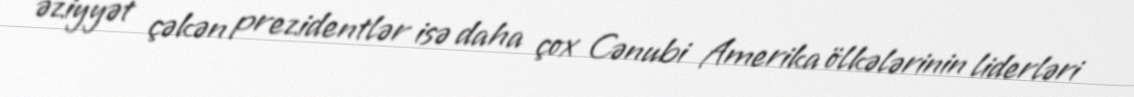
əziyyət çəkən prezidentlər isə daha çox Cənubi Amerika ölkələrinin liderləri